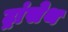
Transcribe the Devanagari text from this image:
ट्रांसेथ